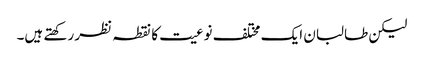
لیکن طالبان ایک مختلف نوعیت کا نقطہ نظر رکھتے ہیں۔